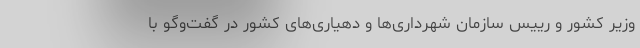
وزیر کشور و رییس سازمان شهرداری‌ها و دهیاری‌های کشور در گفت‌وگو با